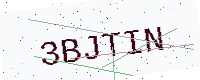
Text: 3BJTIN